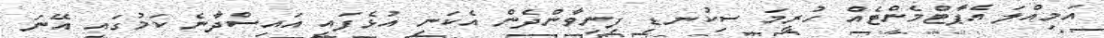
އަމިއްލަ އެޕާޓްމެންޓެއް ހުރީމަ ސިކުނޑި ފިނިވާންދެން އެކަނި އުޅެފައި އައިސްދާނެ ކަމުގައި އޭނަ